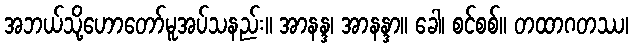
အဘယ်သို့ဟောတော်မူအပ်သနည်း။ အာနန္ဒ၊ အာနန္ဒာ။ ခေါ၊ စင်စစ်။ တထာဂတဿ၊